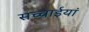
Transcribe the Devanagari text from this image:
सच्चाईयां